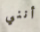
أنني